Report on horse surra - Volume I
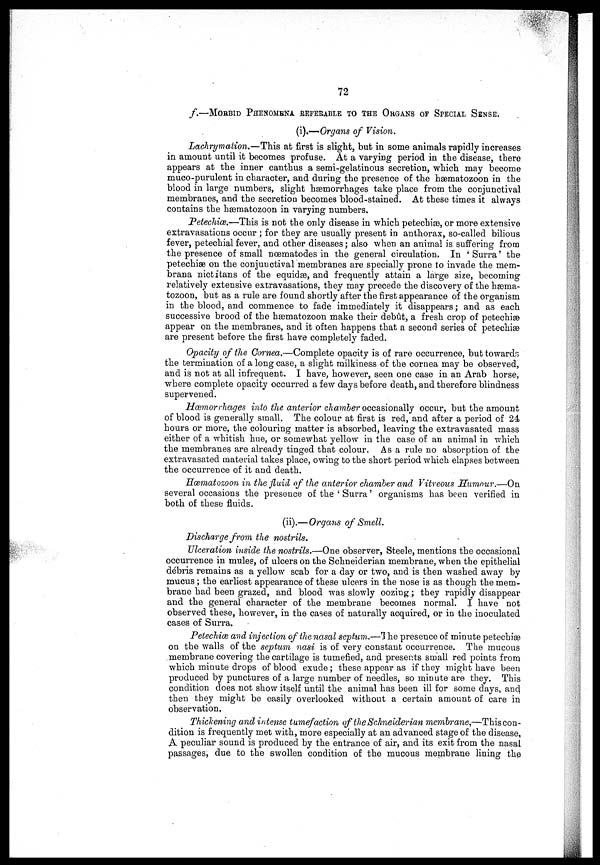
72
f.—MORBID PHENOMENA REFERABLE TO THE ORGANS OF SPECIAL SENSE.
(i). —Organs of Vision.
Lachrymation.—This at first is slight, but in some animals rapidly increases
in amount until it becomes profuse. At a varying period in the disease, there
appears at the inner canthus a semi-gelatinous secretion, which may become
muco-purulent in character, and during the presence of the hæmatozoon in the
blood in large numbers, slight hæmorrhages take place from the conjunctival
membranes, and the secretion becomes blood-stained. At these times it always
contains the hæmatozoon in varying numbers.
Petechiæ.—This is not the only disease in which petechias, or more extensive
extravasations occur ; for they are usually present in anthorax, so-called bilious
fever, petechial fever, and other diseases ; also when an animal is suffering from
the presence of small nœmatodes in the general circulation. In ' Surra' the
petechiæ on the conjunctival membranes are specially prone to invade the mem-
brana nictitans of the equidæ, and frequently attain a large size, becoming
relatively extensive extravasations, they may precede the discovery of the hæma-
tozoon, but as a rule are found shortly after the first appearance of the organism
in the blood, and commence to fade immediately it disappears ; and as each
successive brood of the hæmatozoon make their debût, a fresh crop of petechiæ
appear on the membranes, and it often happens that a second series of petechiæ
are present before the first have completely faded.
Opacity of the Cornea.—Complete opacity is of rare occurrence, but towards
the termination of a long case, a slight milkiness of the cornea may be observed,
and is not at all infrequent. I have, however, seen one case in an Arab horse,
where complete opacity occurred a few days before death, and therefore blindness
supervened.
Hæmorrhages into the anterior chamber occasionally occur, but the amount
of blood is generally small. The colour at first is red, and after a period of 24
hours or more, the colouring matter is absorbed, leaving the extravasated mass
either of a whitish hue, or somewhat yellow in the case of an animal in which
the membranes are already tinged that colour. As a rule no absorption of the
extravasated material takes place, owing to the short period which elapses between
the occurrence of it and death.
Hæmatozoon in the fluid of the anterior chamber and Vitreous Humour.—On
several occasions the presence of the ' Surra' organisms has been verified in
both of these fluids.
(ii).—Organs of Smell.
Discharge from the nostrils.
Ulceration inside the nostrils.—One observer, Steele, mentions the occasional
occurrence in mules, of ulcers on the Schneiderian membrane, when the epithelial
debris remains as a yellow scab for a day or two, and is then washed away by
mucus ; the earliest appearance of these ulcers in the nose is as though the mem-
brane had been grazed, and blood was slowly oozing; they rapidly disappear
and the general character of the membrane becomes normal. I have not
observed these, however, in the cases of naturally acquired, or in the inoculated
cases of Surra.
Petechiæ and injection of the nasal septum.—The presence of minute petechiæ
on the walls of the septum nasi is of very constant occurrence. The mucous
membrane covering the cartilage is tumefied, and presents small red points from
which minute drops of blood exude ; these appear as if they might have been
produced by punctures of a large number of needles, so minute are they. This
condition does not show itself until the animal has been ill for some days, and
then they might be easily overlooked without a certain amount of care in
observation,
Thickening and intense tumefaction of the Schneiderian membrane.—This con-
dition is frequently met with, more especially at an advanced stage of the disease,
A. peculiar sound is produced by the entrance of air, and its exit from the nasal
passages, due to the swollen condition of the mucous membrane lining the